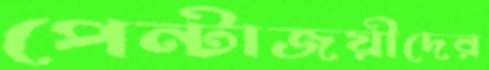
পেন্টাজয়ীদের